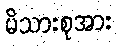
မိသားစုအား